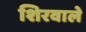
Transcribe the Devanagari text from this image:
शिरवाले